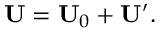
\mathbf { U } = \mathbf { U } _ { 0 } + \mathbf { U } ^ { \prime } .